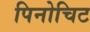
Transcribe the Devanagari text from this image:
पिनोचिट